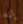
إنه